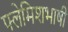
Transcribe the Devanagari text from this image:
फ्लेमिशभाषी